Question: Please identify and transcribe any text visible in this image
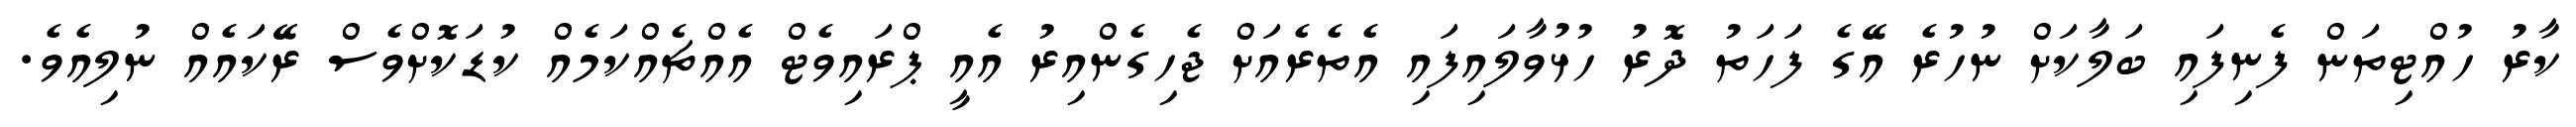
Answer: ކާރު ހުއްޓިތަން ފެނިފައި ބަލާކަށް ނުހުރެ އޭގެ ފަހަތު ދޮރު ހުޅުވާލައިފައި އެތެރެއަށް ޖެހިގެންއިރު އެއީ ޕްރައިވެޓް އެއްޗެއްކަމެއް ކުޑަކޮށްވެސް ރޭކައެއް ނުލިއެވެ.